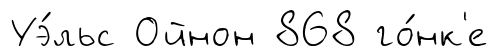
Уэ́льс Ойнон 868 го́нк'е